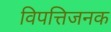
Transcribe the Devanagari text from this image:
विपत्तिजनक